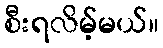
စီးရလိမ့်မယ်။